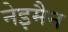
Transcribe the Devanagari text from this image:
नेइमैन